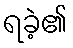
ရခဲ့၏